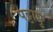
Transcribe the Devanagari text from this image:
पट्टापु